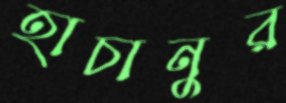
হাচানুর